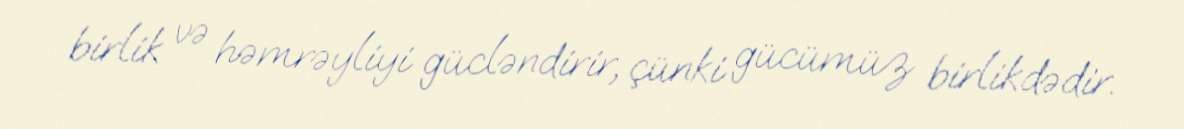
birlik və həmrəyliyi gücləndirir, çünki gücümüz birlikdədir.